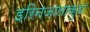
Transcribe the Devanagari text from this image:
इरिनजालाकुडा